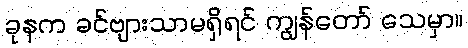
ခုနက ခင်ဗျားသာမရှိရင် ကျွန်တော် သေမှာ။